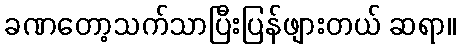
ခဏတော့သက်သာပြီးပြန်ဖျားတယ် ဆရာ။